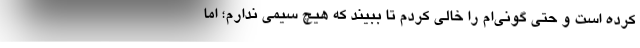
کرده است و حتی گونی‌ام را خالی کردم تا ببیند که هیچ سیمی ندارم؛ اما